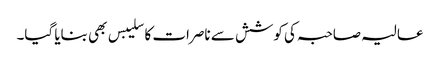
عالیہ صاحبہ کی کوشش سے ناصرات کا سلیبس بھی بنایا گیا۔